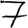
Digit: 7